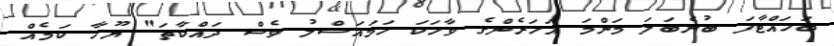
ބަހައްޓާފަ ބުނެބަލަ މަންމަ އަހަރެންގެ ވާހަކަ ހަމައަސްލު ވެސް ދައްކާތަ" ޔޫހާ ކަމެއް